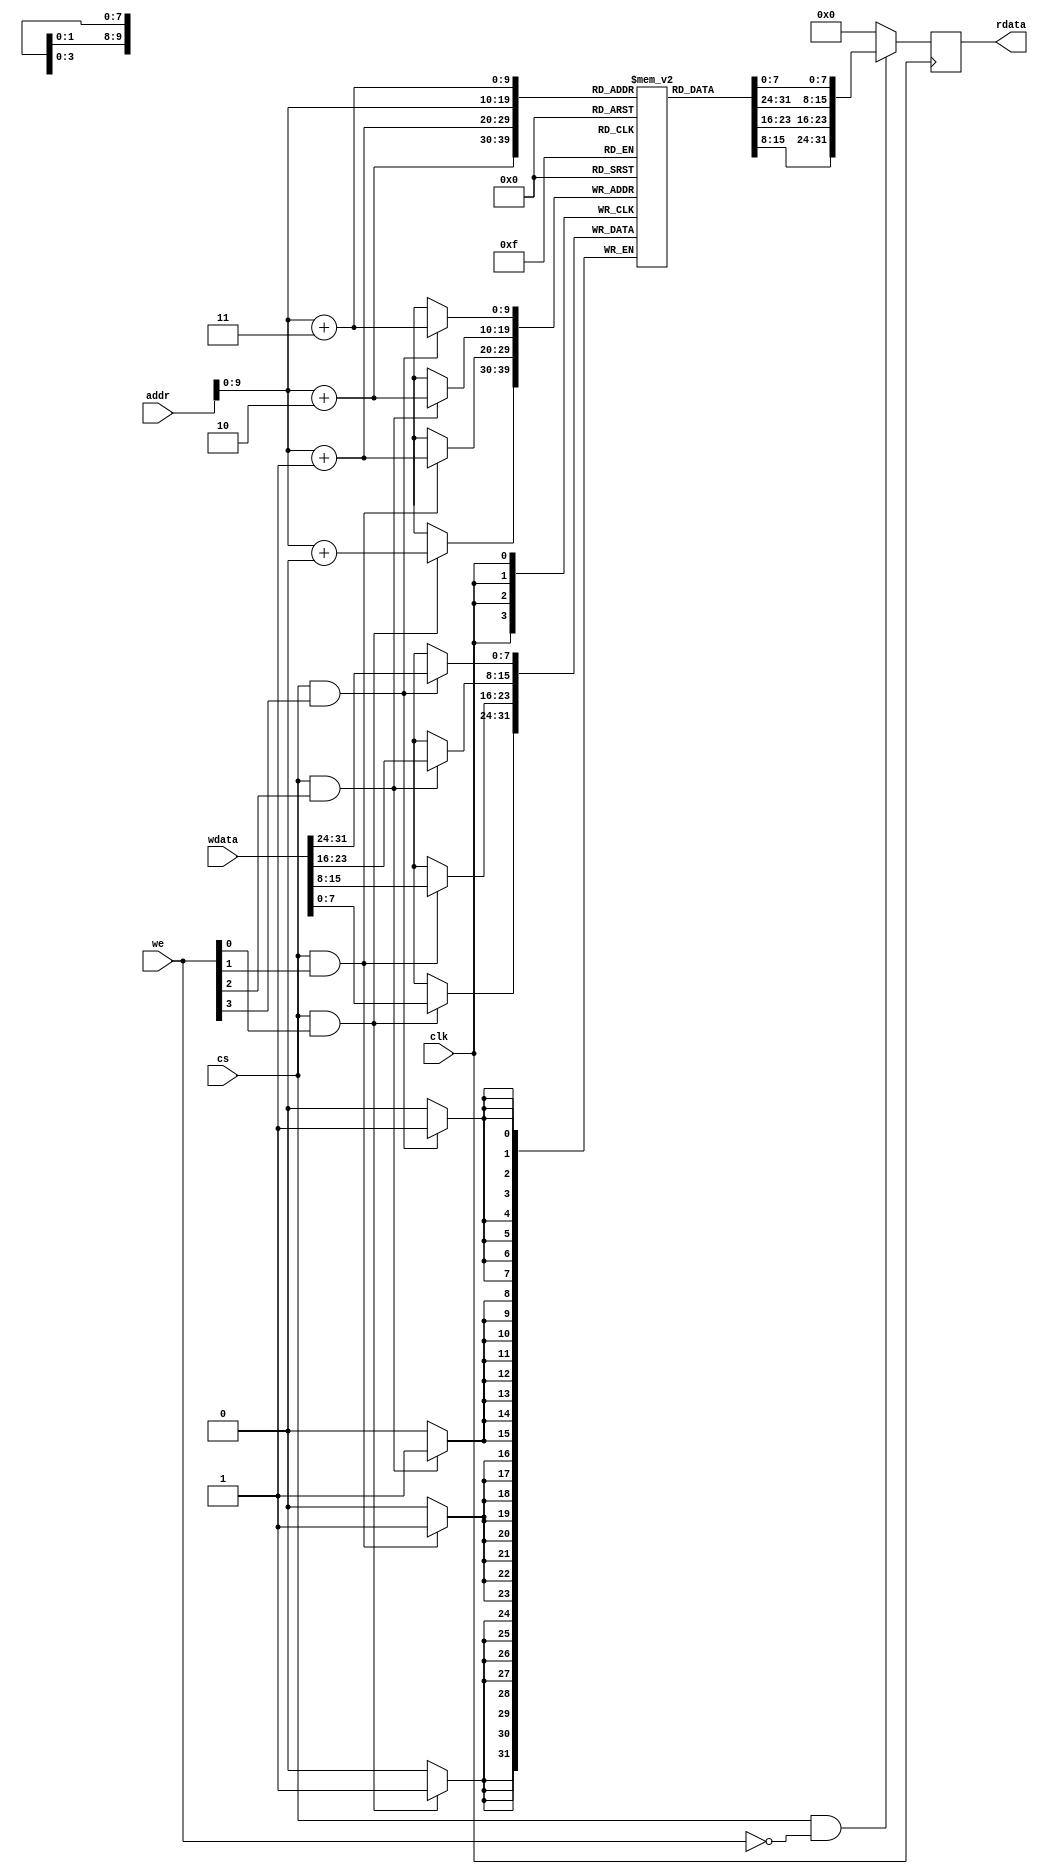
// *********************************************************************************
// Project Name : CK_riscv
// Website      : https://blog.csdn.net/weixin_40377195
// Create Time  : 2022-05-25
// Module Name  : ram_bfm
// Called By    :
// Abstract     :
//
// 
// *********************************************************************************
// Modification History:
// Date         By              Version                 Change Description
// -----------------------------------------------------------------------
// 2022-05-25    Macro           1.0                     Original
//  
// *********************************************************************************




module ram_bfm
    #(
        parameter   DATA_WHITH  = 32            ,
        parameter   DATA_SIZE   = 8             ,
        parameter   ADDR_WHITH  = 30            ,
        parameter   RAM_DEPTH   = 64*8    ,
        parameter   DATA_BYTE = DATA_WHITH/DATA_SIZE
    )
    (
    //system signals
    input                               clk     ,
    //RAM Control signals
    input                               cs      ,
    input           [DATA_BYTE-1:0]     we      ,
    input           [ADDR_WHITH-1:0]    addr    ,
    input           [DATA_WHITH-1:0]    wdata   ,
    output  reg     [DATA_WHITH-1:0]    rdata   

);


(*ram_style = "block"*)  reg [DATA_SIZE-1:0] mem    [0:64*8] ;


//=================================================================================
// Body
//=================================================================================

always @(posedge clk) begin
    if(cs && we == 0)
        //rdata <= {mem[addr+3], mem[addr+2], mem[addr+1], mem[addr]};
        rdata <= {mem[addr], mem[addr+1], mem[addr+2], mem[addr+3]};
    else
        rdata <= 32'd0;
end


genvar i;

generate
    for(i=0; i<DATA_BYTE; i=i+1)begin:ram_with_mask
        always @(posedge clk)begin
            if(cs && we[i])
            begin
                mem[addr+i] <= wdata[(DATA_SIZE*i)+:DATA_SIZE];
                // if(addr+i==30'h0000d000)
                // begin
                //     $display("%c", mem[30'h0000d000]);
                // end
            end
        end
    end

endgenerate

`ifndef SYNTHESIS
initial begin
    $readmemh("E:\\\\Xilinx11\\\\VLSI-session\\\\RTL-code\\\\Openmips\\\\openmips_wrapper\\\\test_program.hex", mem);
end


`endif 

endmodule